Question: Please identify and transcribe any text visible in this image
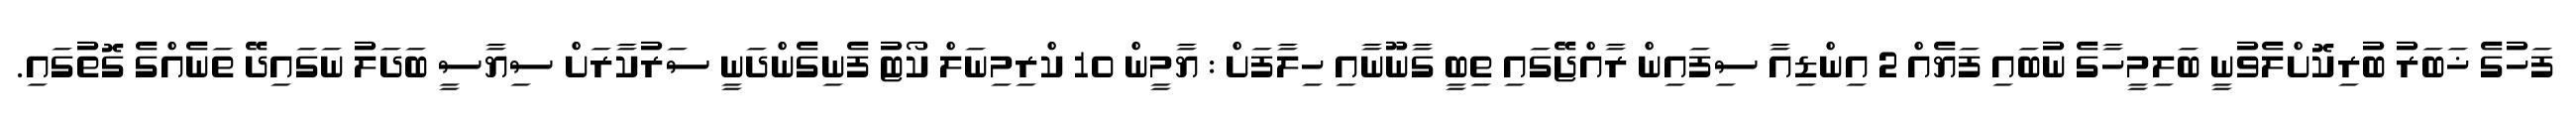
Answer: ފަހުގެ ޚަބަރު ބުރިކޮށްލެވުނީ ބަލިމީހާގެ ނުބައި ފަޔެއް 2 އިންޑިއާ ސިފައިން ރާއްޖޭގައި ތިބީ ގާނޫނާއި ހިލާފަށް : ޔާމީން 10 ކްރިމިނަލް ކޯޓު ފެނިގެންދަނީ ސަރުކާރަށް ސިޔާސީ ބަދަލު ނަގައިދޭ ތަނެއްގެ ގޮތުގައި.